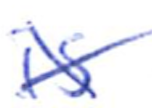
Text: is
Cross-out: cross
Writing tool: ballpoint